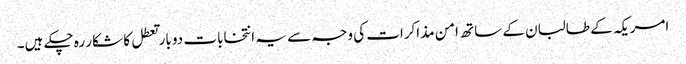
امریکہ کے طالبان کے ساتھ امن مذاکرات کی وجہ سے یہ انتخابات دو بار تعطل کا شکار رہ چکے ہیں۔